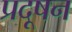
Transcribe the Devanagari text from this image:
प्रदूषन